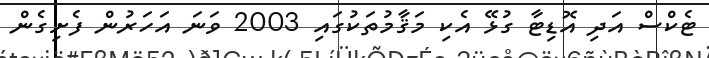
ޓެކްސް އަދި އޮޑިޓާ ގުޅޭ އެކި މަޤާމުތަކުގައި 2003 ވަނަ އަހަރުން ފެށިގެން